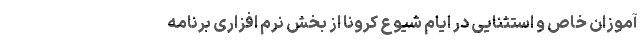
آموزان خاص و استثنایی در ایام شیوع کرونا از بخش نرم افزاری برنامه